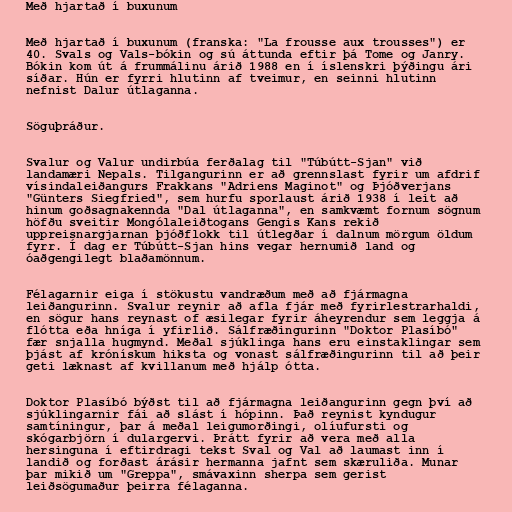
Með hjartað í buxunum

Með hjartað í buxunum (franska: "La frousse aux trousses") er
40. Svals og Vals-bókin og sú áttunda eftir þá Tome og Janry.
Bókin kom út á frummálinu árið 1988 en í íslenskri þýðingu ári
síðar. Hún er fyrri hlutinn af tveimur, en seinni hlutinn
nefnist Dalur útlaganna.

Söguþráður.

Svalur og Valur undirbúa ferðalag til "Túbútt-Sjan" við
landamæri Nepals. Tilgangurinn er að grennslast fyrir um afdrif
vísindaleiðangurs Frakkans "Adriens Maginot" og Þjóðverjans
"Günters Siegfried", sem hurfu sporlaust árið 1938 í leit að
hinum goðsagnakennda "Dal útlaganna", en samkvæmt fornum sögnum
höfðu sveitir Mongólaleiðtogans Gengis Kans rekið
uppreisnargjarnan þjóðflokk til útlegðar í dalnum mörgum öldum
fyrr. Í dag er Túbútt-Sjan hins vegar hernumið land og
óaðgengilegt blaðamönnum.

Félagarnir eiga í stökustu vandræðum með að fjármagna
leiðangurinn. Svalur reynir að afla fjár með fyrirlestrarhaldi,
en sögur hans reynast of æsilegar fyrir áheyrendur sem leggja á
flótta eða hníga í yfirlið. Sálfræðingurinn "Doktor Plasíbó"
fær snjalla hugmynd. Meðal sjúklinga hans eru einstaklingar sem
þjást af krónískum hiksta og vonast sálfræðingurinn til að þeir
geti læknast af kvillanum með hjálp ótta.

Doktor Plasíbó býðst til að fjármagna leiðangurinn gegn því að
sjúklingarnir fái að slást í hópinn. Það reynist kyndugur
samtíningur, þar á meðal leigumorðingi, olíufursti og
skógarbjörn í dulargervi. Þrátt fyrir að vera með alla
hersinguna í eftirdragi tekst Sval og Val að laumast inn í
landið og forðast árásir hermanna jafnt sem skæruliða. Munar
þar mikið um "Greppa", smávaxinn sherpa sem gerist
leiðsögumaður þeirra félaganna.